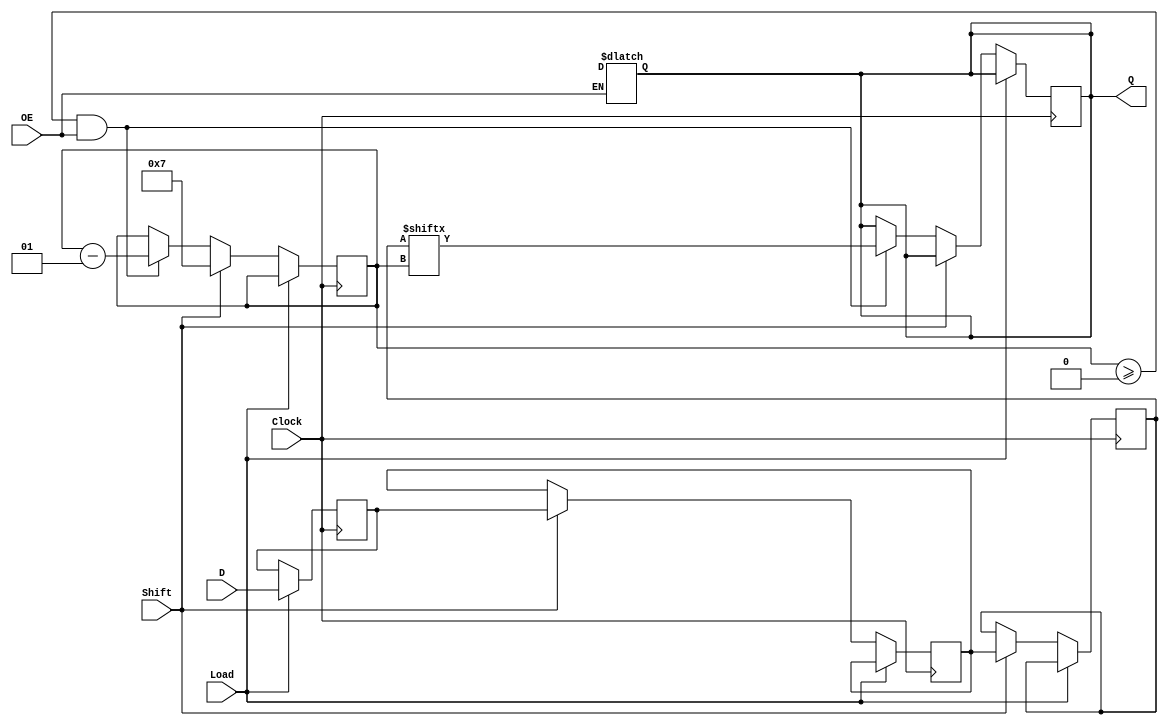
module TwoStagePISO #(
    parameter N = 8 // Number of parallel input bits
)(
    input wire [N-1:0] D,      // Parallel input data
    input wire Load,            // Load control signal
    input wire Shift,           // Shift control signal
    input wire Clock,           // Clock signal
    input wire OE,              // Output Enable signal
    output reg Q               // Serial output
);

    reg [N-1:0] stage1;        // Stage 1 register
    reg [N-1:0] stage2;        // Stage 2 register
    reg [N-1:0] shift_reg;     // Shift register for serial output
    integer count;             // Bit counter for shifting

    always @(posedge Clock) begin
        if (Load) begin
            // Load data into stage 1
            stage1 <= D;
        end
        else if (Shift) begin
            // Shift data from stage 1 to stage 2
            stage2 <= stage1;
            // Initialize shift register for serial output
            shift_reg <= stage2;
            count <= N - 1; // Start shifting from the MSB
        end
        else if (count >= 0 && OE) begin
            // Shift out data serially
            Q <= shift_reg[count];
            count <= count - 1; // Decrement counter
        end
    end

    // High-impedance state when OE is deasserted
    always @(*) begin
        if (!OE) begin
            Q = 1'bz; // High-impedance state
        end
    end

endmodule